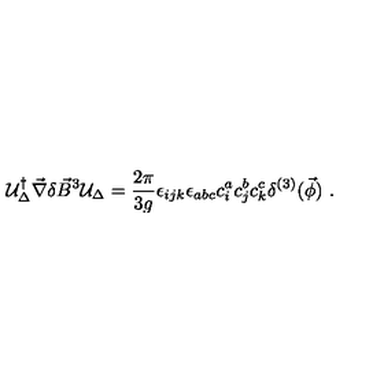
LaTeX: { \cal U } _ { \Delta } ^ { \dagger } \vec { \nabla } \delta \vec { B } ^ { 3 } { \cal U } _ { \Delta } = \frac { 2 \pi } { 3 g } \epsilon _ { i j k } \epsilon _ { a b c } c _ { i } ^ { a } c _ { j } ^ { b } c _ { k } ^ { c } \delta ^ { ( 3 ) } ( \vec { \phi } ) \ .